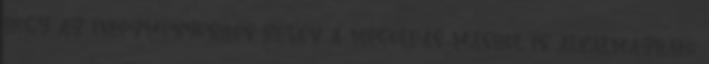
hogy az intézményesítés révén a megoldás máshol is alkalmazható